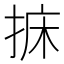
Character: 𢭩